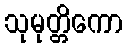
သုမုတ္တိကော